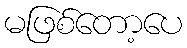
မဖြစ်တော့ပေ